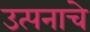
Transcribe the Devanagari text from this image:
उत्पनाचे